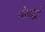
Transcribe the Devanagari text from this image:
गोलाद्धो